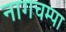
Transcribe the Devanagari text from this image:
नागचम्पा